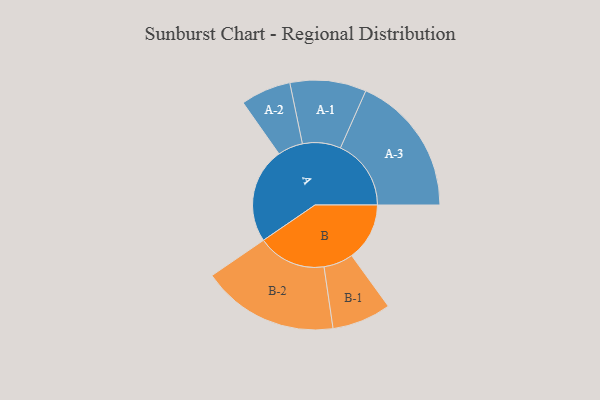
{"axis": {"x": "Segment", "y": "Value"}, "legend": ["", "A", "B"], "data": [{"x": "A", "y": 388, "type": ""}, {"x": "B", "y": 235, "type": ""}, {"x": "A-1", "y": 155, "type": "A"}, {"x": "A-2", "y": 102, "type": "A"}, {"x": "A-3", "y": 287, "type": "A"}, {"x": "B-1", "y": 120, "type": "B"}, {"x": "B-2", "y": 278, "type": "B"}]}